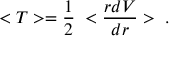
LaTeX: < T > = \frac { 1 } { 2 } \; < \frac { r d V } { d r } > \; .